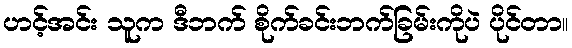
ဟင့်အင်း သူက ဒီဘက် စိုက်ခင်းဘက်ခြမ်းကိုပဲ ပိုင်တာ။